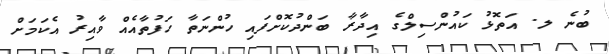
ބުނެ ލ. އަތޮޅު ކައުންސިލްގެ އިދާރާ ބަންދުކޮށްފައި ހުންނަތާ ހަފުތާއެއް ވާއިރު އެކަމަށް